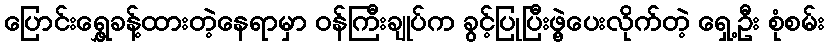
ပြောင်းရွှေ့ခန့်ထားတဲ့နေရာမှာ ဝန်ကြီးချုပ်က ခွင့်ပြုပြီးဖွဲ့ပေးလိုက်တဲ့ ရှေ့ဦး စုံစမ်း